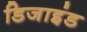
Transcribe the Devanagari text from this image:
डिजाइंड